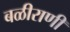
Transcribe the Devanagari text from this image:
बळीराणी